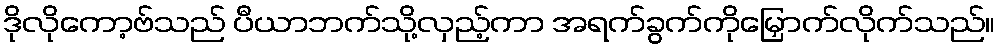
ဒိုလိုကော့ဗ်သည် ပီယာဘက်သို့လှည့်ကာ အရက်ခွက်ကိုမြှောက်လိုက်သည်။